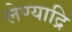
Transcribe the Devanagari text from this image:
लेण्याद्रि